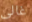
غالى